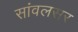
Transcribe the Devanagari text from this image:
सांवलसर